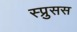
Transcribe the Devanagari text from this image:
स्प्रुसस